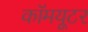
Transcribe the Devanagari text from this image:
कॉमयूटर